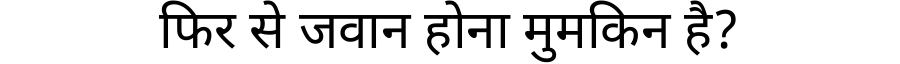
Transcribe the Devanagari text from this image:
फिर से जवान होना मुमकिन है?